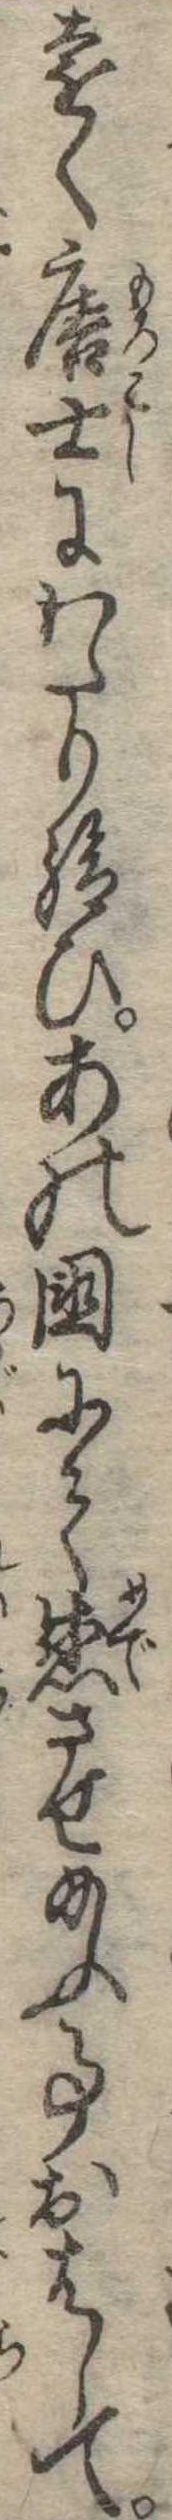
遠く唐士にわたり給ひあの国にて感させ給ふ事おはして